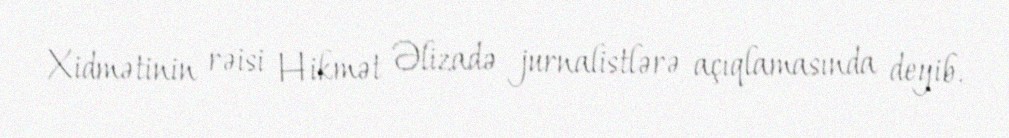
Xidmətinin rəisi Hikmət Əlizadə jurnalistlərə açıqlamasında deyib.